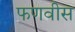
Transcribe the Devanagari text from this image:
फणवीस